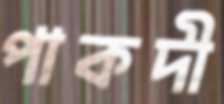
পাকদী